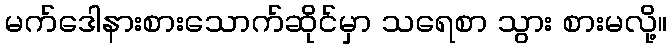
မက်ဒေါနားစားသောက်ဆိုင်မှာ သရေစာ သွား စားမလို့။